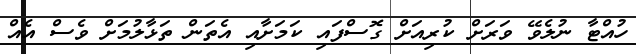
ހުއްޓާ ނުލެވޭ ވަރަށް ކުރިއަށް ގޮސްފައި ކަމަށާއި އެތަން ތަޅާލުމަށް ވެސް އެއް